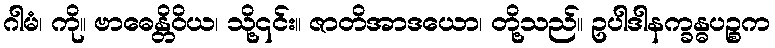
ဂါမံ၊ ကို။ ဗာဓေန္တိဝိယ၊ သို့၎င်း။ ဇာတိအာဒယော၊ တို့သည်။ ဥပါဒါနက္ခန္ဓပဉ္စက